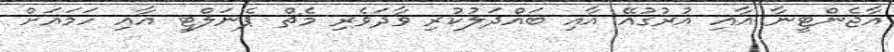
އާޖެންޓީނާ އާއި އުރުގުއޭ އާއި ބައްދަލުކުރި ވާދަވެރި މެޗް ޕެނަލްޓީ އާއި ހަމައަށް